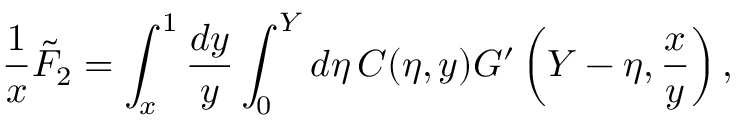
\frac { 1 } { x } \tilde { F } _ { 2 } = \int _ { x } ^ { 1 } \frac { d y } { y } \int _ { 0 } ^ { Y } d \eta \, C ( \eta , y ) G ^ { \prime } \left( Y - \eta , \frac { x } { y } \right) ,